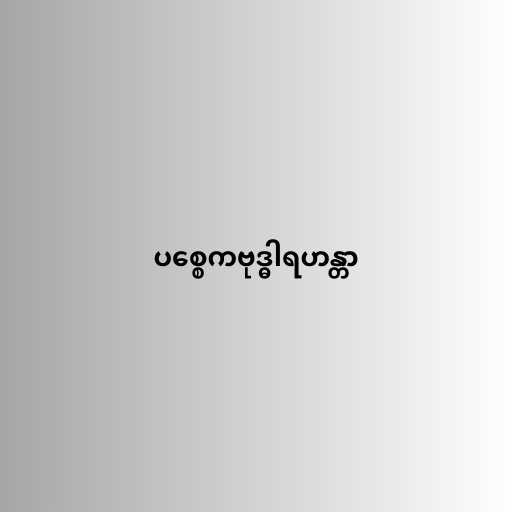
ပစ္စေကဗုဒ္ဓါရဟန္တာ